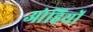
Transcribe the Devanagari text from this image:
ओहियों